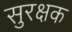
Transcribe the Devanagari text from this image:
सुरक्षक